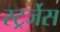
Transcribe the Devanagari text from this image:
स्ट्रर्जेस